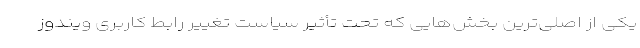
یکی از اصلی‌ترین بخش‌هایی که تحت تأثیر سیاست تغییر رابط کاربری ویندوز